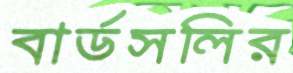
বার্ডসলির